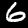
Label: 6